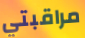
مراقبتي